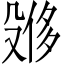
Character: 𪵌